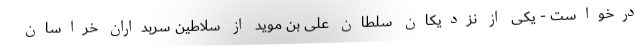
درخواست - یکی از نزدیکان سلطان علی بن موید از سلاطین سربداران خراسان